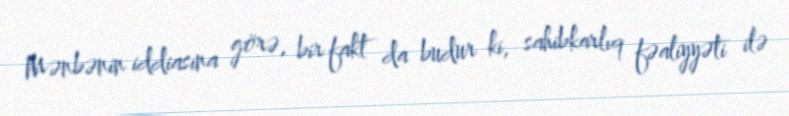
Mənbənin iddiasına görə, bir fakt da budur ki, sahibkarlıq fəaliyyəti ilə